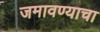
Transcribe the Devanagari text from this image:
जमावण्याचा